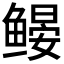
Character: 𬶩